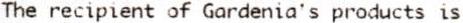
THE RECIPIENT OF GARDENIA'S PRODUCTS IS